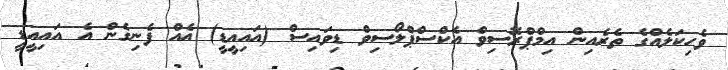
ވެހިކަލެއްގެ ތެރެއިން އިމްޕްރޮސިވް އެކްސްޕްލޯސިވް ޑިވައިސް (އައިއީޑީ) އެއް ފެނިގެން އެ އައިއީޑީ